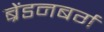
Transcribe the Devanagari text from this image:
ब्रेंडनबर्ग